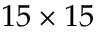
1 5 \times 1 5